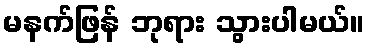
မနက်ဖြန် ဘုရား သွားပါမယ်။